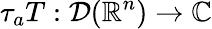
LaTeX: \tau_{a}T:{\mathcal{D}}(\mathbb{R}^{n})\to\mathbb{C}